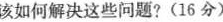
该如何解决这些问题?(16分)